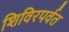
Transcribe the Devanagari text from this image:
शिविरपर्वत